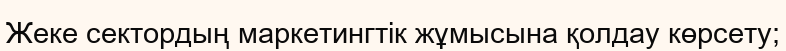
Жеке сектордың маркетингтік жұмысына қолдау көрсету;